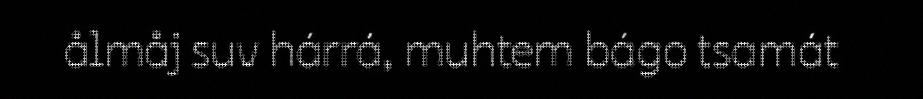
ålmåj suv hárrá, muhtem bágo tsamát